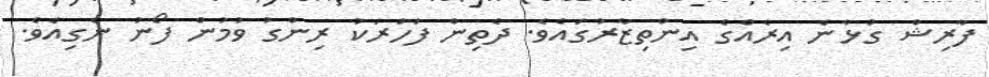
ފާރިޝް ގުޅާނެ އިރެއްގެ އިންތިޒާރުގައެވެ. ދެތިން ފަހަރަކު ރިންގު ވުމުން ފޯނު ނެގިއެވެ.